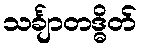
သင်္ချာတဒ္ဓိတ်